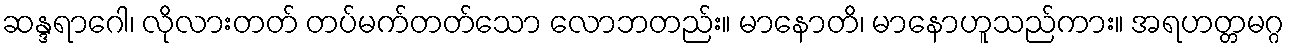
ဆန္ဒရာဂေါ၊ လိုလားတတ် တပ်မက်တတ်သော လောဘတည်း။ မာနောတိ၊ မာနောဟူသည်ကား။ အရဟတ္တမဂ္ဂ